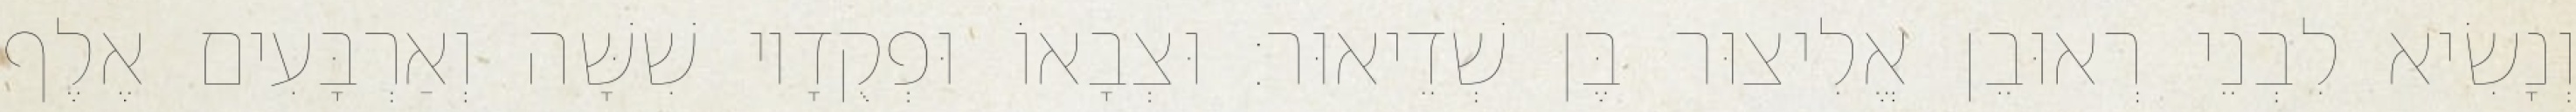
וְנָשִׂיא לִבְנֵי רְאוּבֵן אֱלִיצוּר בֶּן שְׁדֵיאוּר׃ וּצְבָאוֹ וּפְקֻדָיו שִׁשָּׁה וְאַרְבָּעִים אֶלֶף